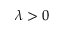
\lambda > 0